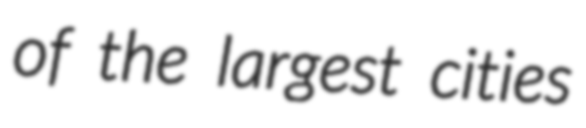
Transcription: of the largest cities